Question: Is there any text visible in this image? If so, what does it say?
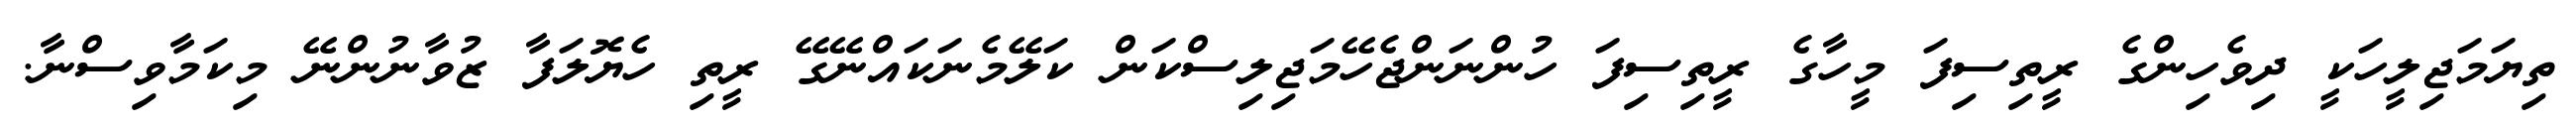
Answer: ތިޔަމަޖިލީހަކީ ދިވެހިންގެ ރީތިސިފަ މީހާގެ ރީތިސިފަ ހުންނަންޖެހޭމަޖިލިސްކަން ކަލޭމެނަކައްނޭގޭ ރީތި ހެޔޮލަފާ ޒުވާނުންނޭ މިކަމާވިސްނާ.